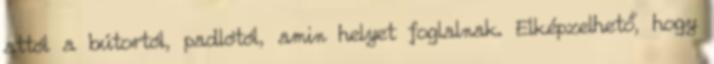
attól a bútortól, padlótól, amin helyet foglalnak. Elképzelhető, hogy